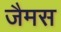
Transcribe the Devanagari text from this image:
जैमस